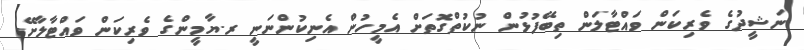
ނަޝީދުގެ ވެރިކަން ވައްޓާލަން ތިބޭފުޅުން ނުކުތްގޮތަށް އެމީހުން އެނިކުންނަނީ ރ.ޔާމީންގެ ވެރިކަން ވައްޓާލާށޭ.